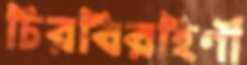
চিরবিরহিণী